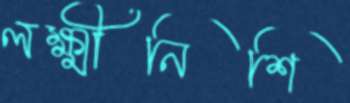
লক্ষ্মীনিশি